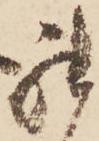
罷